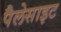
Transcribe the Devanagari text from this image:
पैलेसाइट